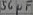
Text: 56µF